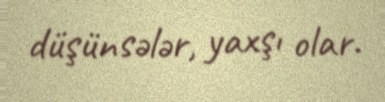
düşünsələr, yaxşı olar.